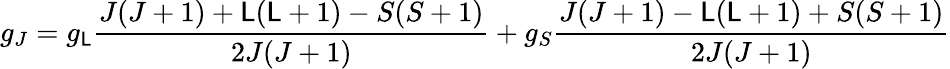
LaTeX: g_{J}=g_{\mathsf{L}}{\frac{{J(J+1)+\mathsf{L}(\mathsf{L}+1)-S(S+1)}}{{2J(J+1)}}}+g_{S}{\frac{{J(J+1)-\mathsf{L}(\mathsf{L}+1)+S(S+1)}}{{2J(J+1)}}}